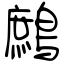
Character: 鷓